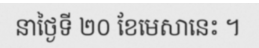
នាថ្ងៃទី ២០ ខែមេសានេះ ។